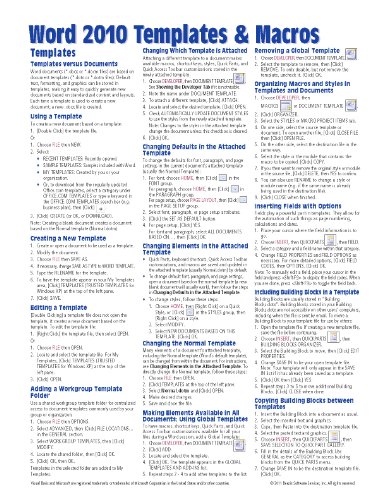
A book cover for Microsoft Word 2010 Templates & Macros Quick Reference Guide (Cheat Sheet of Instructions, Tips & Shortcuts - Laminated Card); Beezix Inc; Computers & Technology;